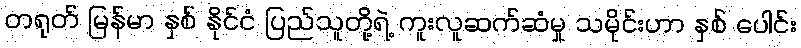
တရုတ် မြန်မာ နှစ် နိုင်ငံ ပြည်သူတို့ရဲ့ ကူးလူဆက်ဆံမှု သမိုင်းဟာ နှစ် ပေါင်း